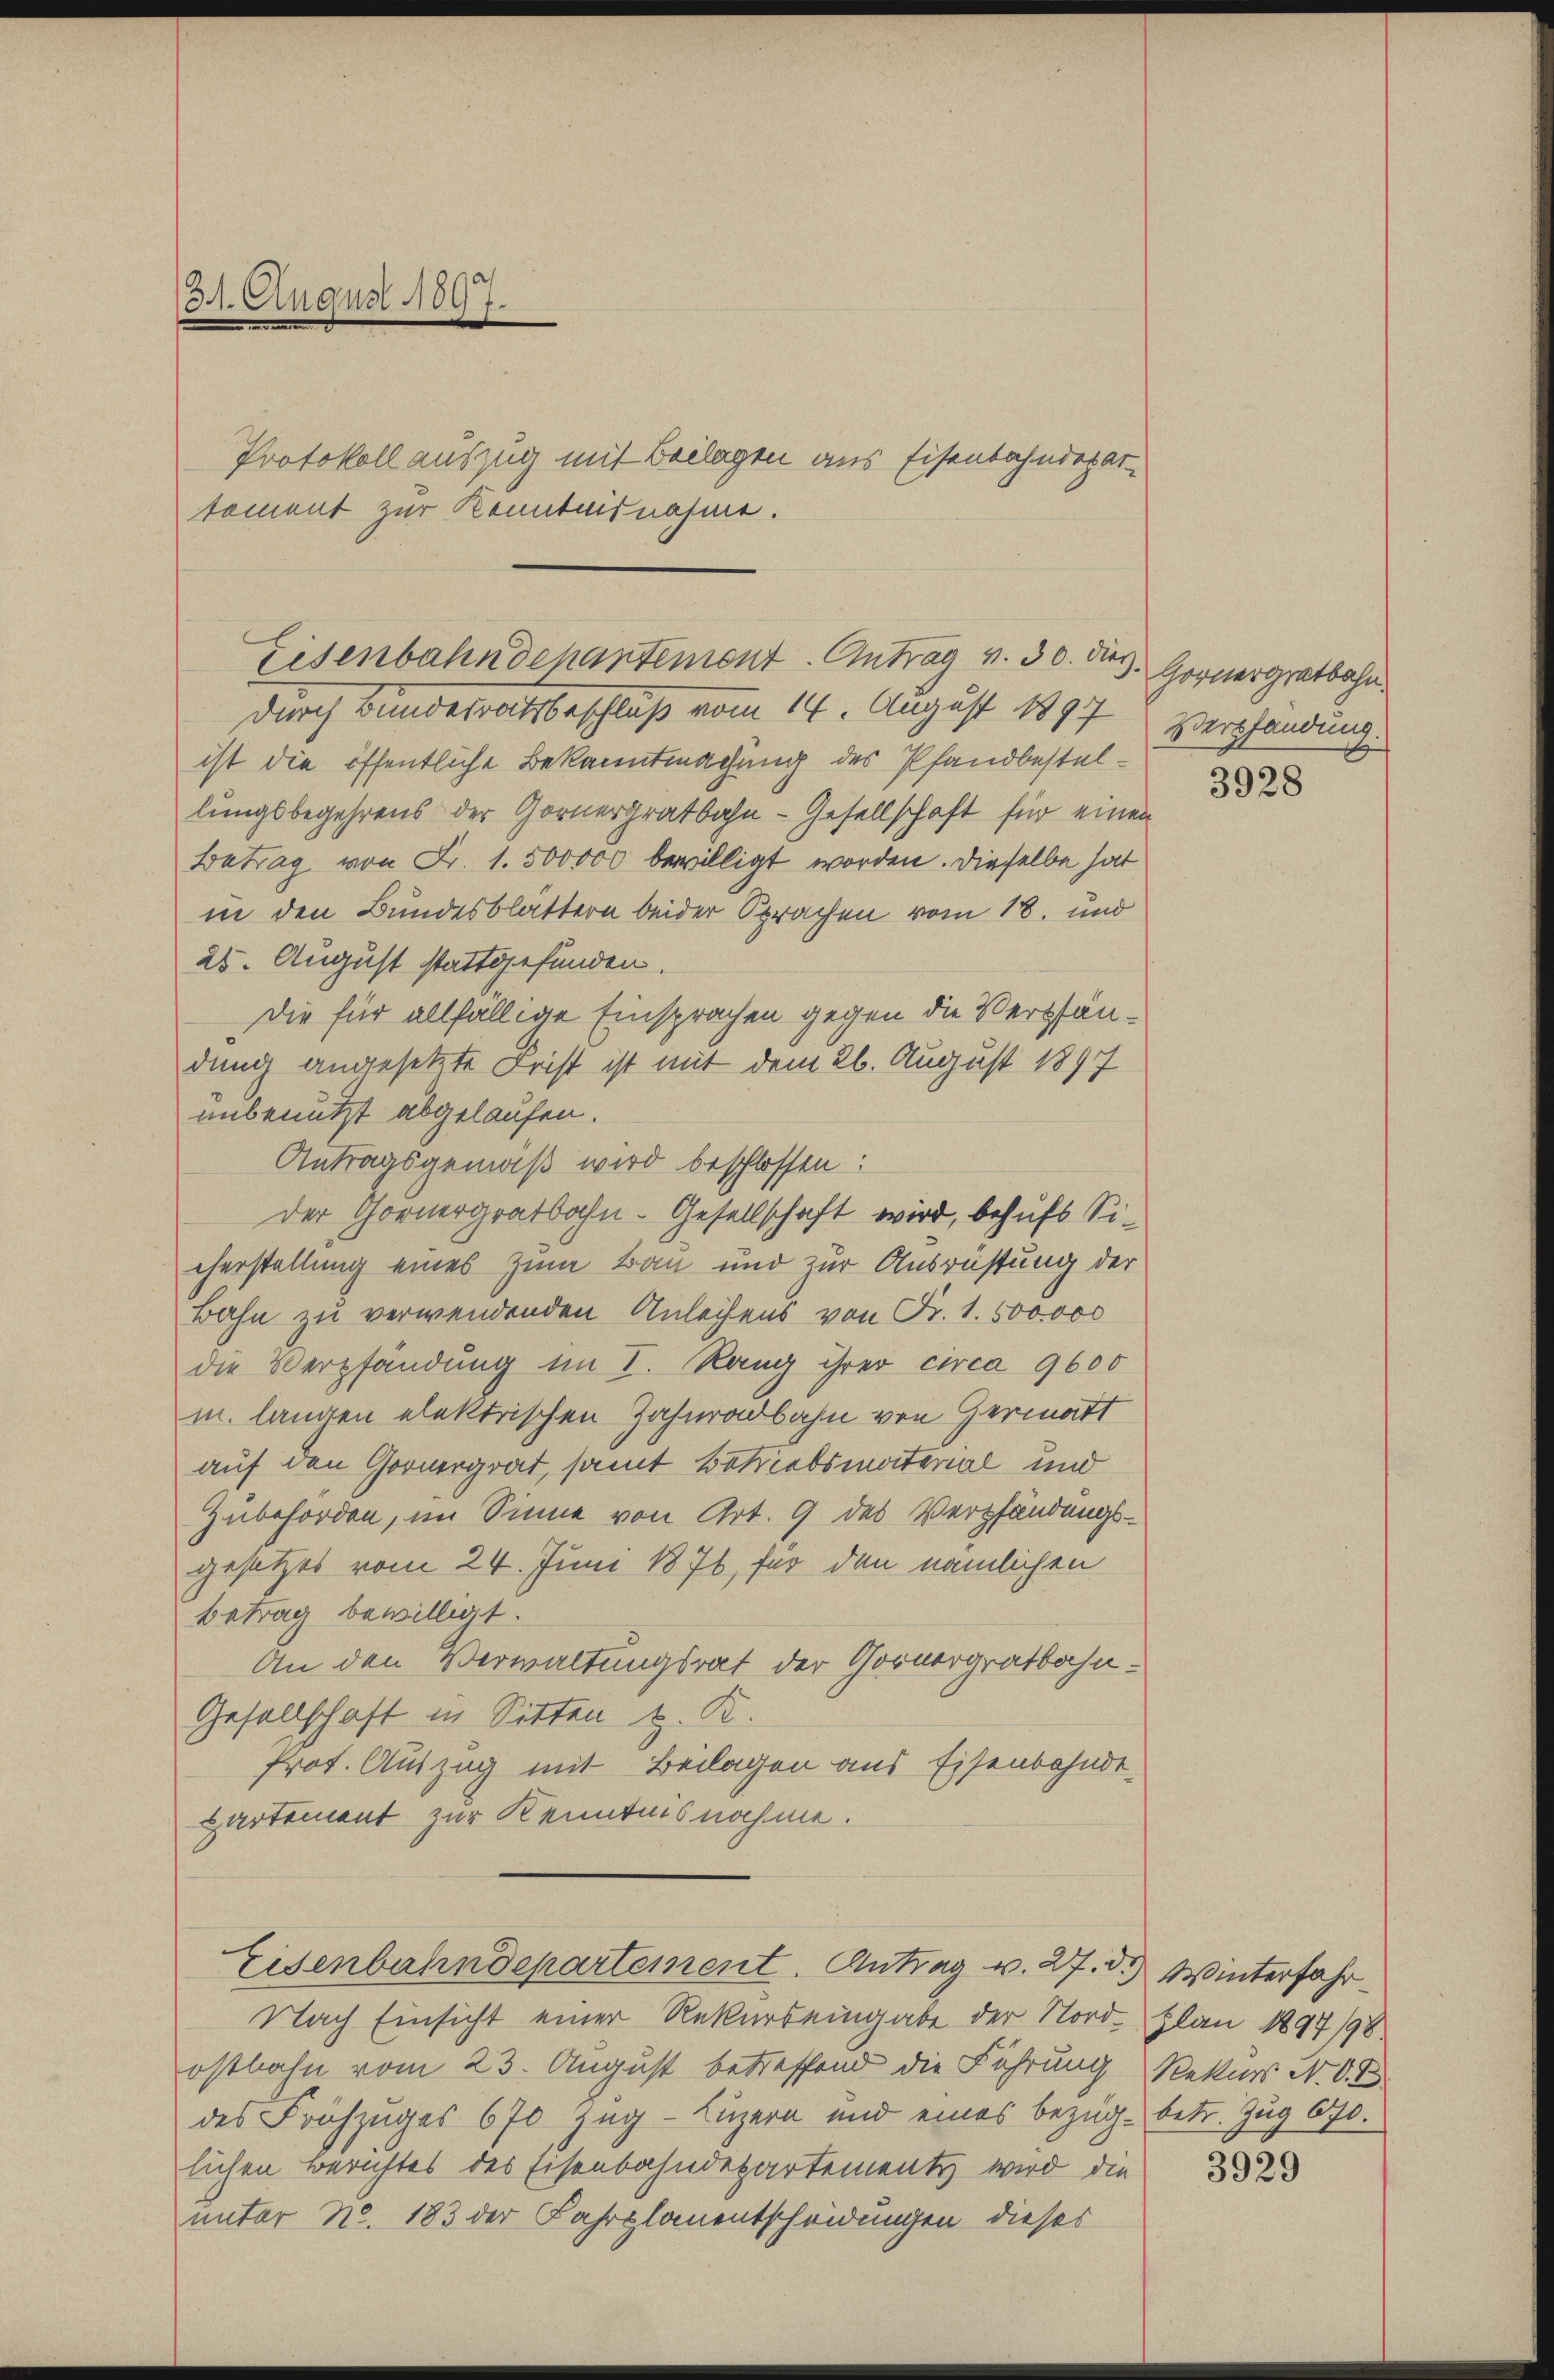
31. August 1897.

Eisenbahndehantement Antrag v. 30. Dez. Hornergratbahn.
durch Bundesratsbeschluß vom 14. August 1897

ist die öffentliche Bekanntmachung des Pfandbestellungsbegehrens der Gornergratbahn - Gesellschaft für einen
Betrag von Fr. 1. 500000 bewilligt worden. Dieselbe hat
in den Bundesblättern beider Sprachen vom 18. und
25. August stattgefunden.
Die für allfällige Einsprachen gegen die Verpfändung angesetzte Frist ist mit dem 26. August 1897
unbenutzt abgelaufen.
Antragsgemäß wird beschlossen:
Der Gornergratbahn-Gesellschaft wird, behufs Sieherstellung eines zum Bau und zur Ausrüstung der
Bahn zu verwendenden Anleihens von Fr. 1. 500000
die Verpfändung im I. Rang ihrer circa 9600
m. langen elektrischen Zahnadbahn von Hermatt
auf den Govergrat, samt Betriebsmaterial und
Zubehörden, im Sinne von Art. 9 des Verpfändungsgesetzes vom 24. Juni 1876, für den nämlichen
betrag bewilligt.
An den Verwaltungsrat der Gornergratbahn¬
Gesellschaft in Sitten z. K.
Prot. Auszug mit Beilagen aus Eisenbahnde-
partement zur Kenntnisnahme.

Protokoll auszug mit Beilagen aus Eisenbahndepar
toment zur Kenntnisnahme.

Eisenbahndepartement. Antrag v. 27. d. Winterfahr

Nach Einsicht einer Rekurs eingabe der Nord- Plan 1897/98.
ostbahn vom 23. August betreffend die Führung Rekurs N. O. I
des Frühzuges 670 Zug–Luzern und eines bezüg- betr. Zug 670.
lichen Berichtes des Eisenbahndepartement wird die
unter No. 183 der Fahrplanentscheidungen dieses

Verpfandung.

3928

3929